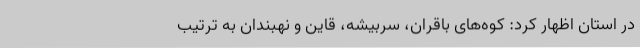
در استان اظهار کرد: کوه‌های باقران، سربیشه، قاین و نهبندان به ترتیب